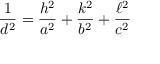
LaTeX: { \frac { 1 } { d ^ { 2 } } } = { \frac { h ^ { 2 } } { a ^ { 2 } } } + { \frac { k ^ { 2 } } { b ^ { 2 } } } + { \frac { \ell ^ { 2 } } { c ^ { 2 } } }